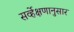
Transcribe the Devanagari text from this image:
सर्व्हेक्षणानुसार